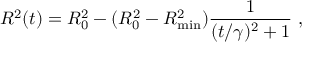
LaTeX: R ^ { 2 } ( t ) = R _ { 0 } ^ { 2 } - ( R _ { 0 } ^ { 2 } - R _ { \mathrm { m i n } } ^ { 2 } ) \frac { 1 } { ( t / \gamma ) ^ { 2 } + 1 } ~ ,